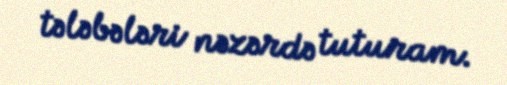
tələbələri nəzərdə tuturam.